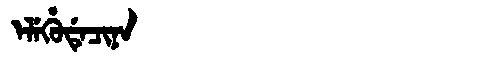
Manchu: ᡝᠯᡝᡥᡠᡩᡝᠴᡳᠨᠠ
Romanization: ELEHUDECINA